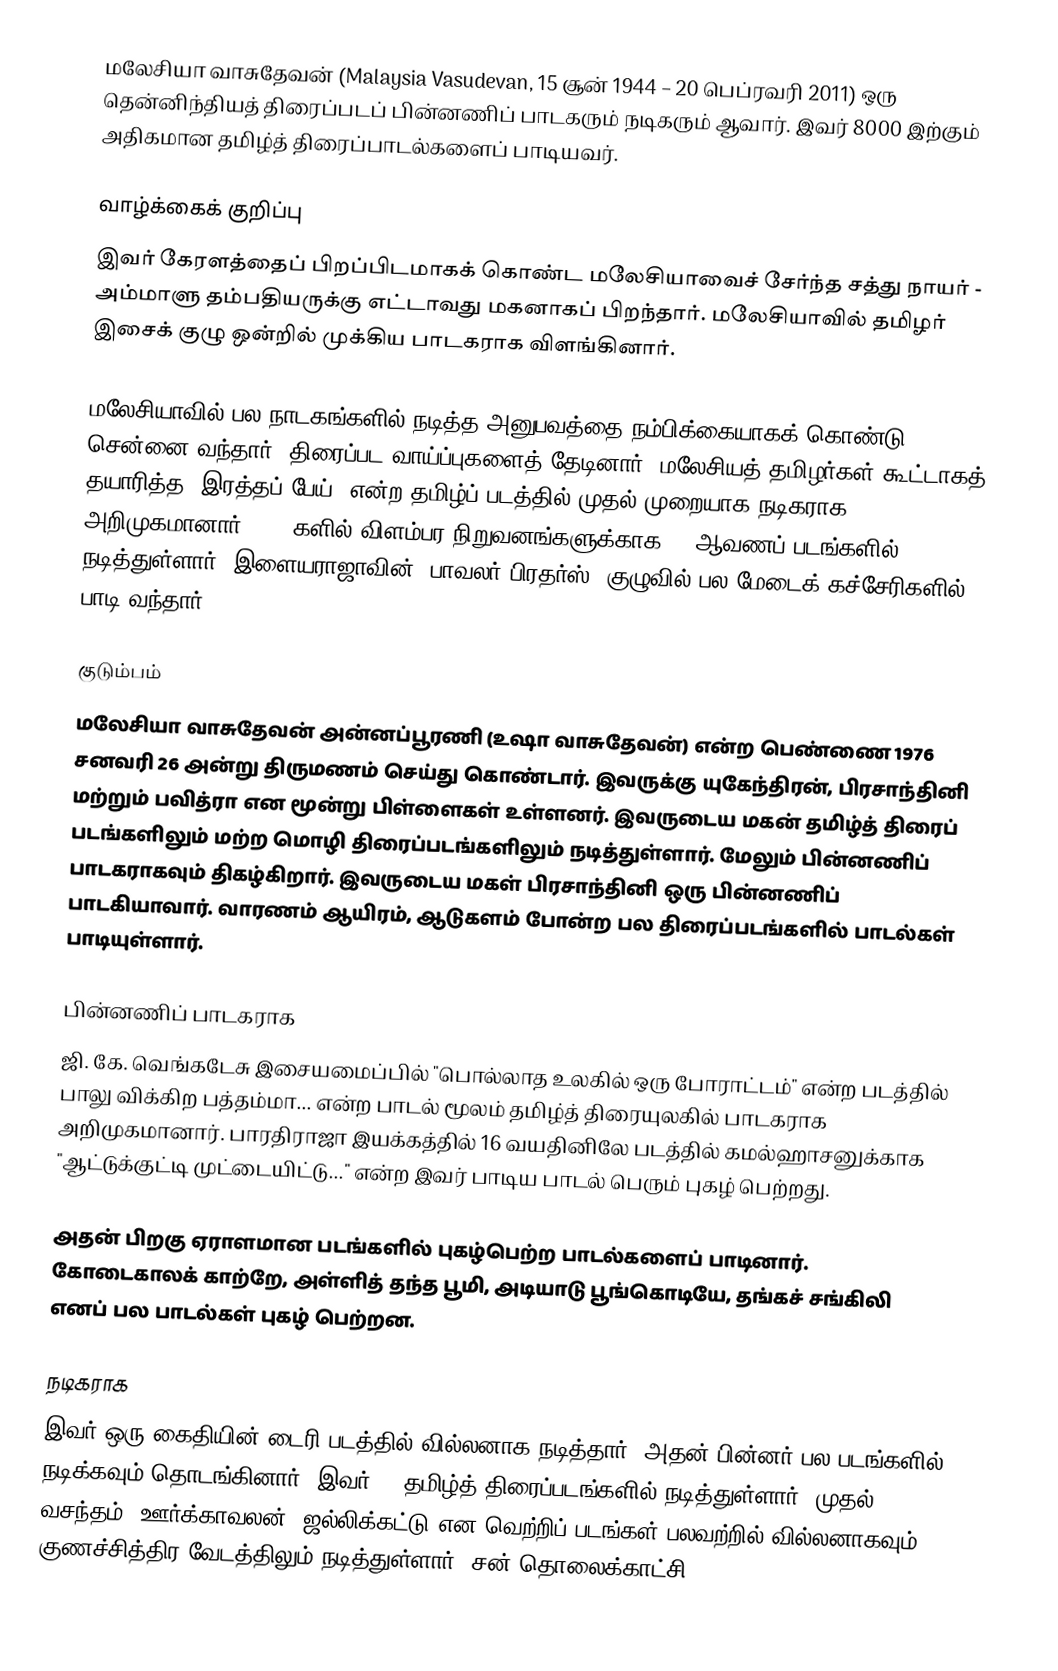
மலேசியா வாசுதேவன் (Malaysia Vasudevan, 15 சூன் 1944 – 20 பெப்ரவரி 2011) ஒரு தென்னிந்தியத் திரைப்படப் பின்னணிப் பாடகரும் நடிகரும் ஆவார். இவர் 8000 இற்கும் அதிகமான தமிழ்த் திரைப்பாடல்களைப் பாடியவர்.

வாழ்க்கைக் குறிப்பு
இவர் கேரளத்தைப் பிறப்பிடமாகக் கொண்ட மலேசியாவைச் சேர்ந்த சத்து நாயர் - அம்மாளு தம்பதியருக்கு எட்டாவது மகனாகப் பிறந்தார். மலேசியாவில் தமிழர் இசைக் குழு ஒன்றில் முக்கிய பாடகராக விளங்கினார்.

மலேசியாவில் பல நாடகங்களில் நடித்த அனுபவத்தை நம்பிக்கையாகக் கொண்டு சென்னை வந்தார். திரைப்பட வாய்ப்புகளைத் தேடினார். மலேசியத் தமிழர்கள் கூட்டாகத் தயாரித்த "இரத்தப் பேய்" என்ற தமிழ்ப் படத்தில் முதல் முறையாக நடிகராக அறிமுகமானார். 1970களில் விளம்பர நிறுவனங்களுக்காக 45 ஆவணப் படங்களில் நடித்துள்ளார். இளையராஜாவின் "பாவலர் பிரதர்ஸ்" குழுவில் பல மேடைக் கச்சேரிகளில் பாடி வந்தார்.

குடும்பம்
மலேசியா வாசுதேவன் அன்னப்பூரணி (உஷா வாசுதேவன்) ௭ன்ற பெண்ணை 1976 சனவரி 26 அன்று திருமணம் செய்து கொண்டார். இவருக்கு யுகேந்திரன், பிரசாந்தினி மற்றும் பவித்ரா என மூன்று பிள்ளைகள் உள்ளனர். இவருடைய மகன் தமிழ்த் திரைப் படங்களிலும் மற்ற மொழி திரைப்படங்களிலும் நடித்துள்ளார். மேலும் பின்னணிப் பாடகராகவும் திகழ்கிறார். இவருடைய மகள் பிரசாந்தினி ஒரு பின்னணிப் பாடகியாவார். வாரணம் ஆயிரம், ஆடுகளம் போன்ற பல திரைப்படங்களில் பாடல்கள் பாடியுள்ளார்.

பின்னணிப் பாடகராக
ஜி. கே. வெங்கடேசு இசையமைப்பில் "பொல்லாத உலகில் ஒரு போராட்டம்" என்ற படத்தில் பாலு விக்கிற பத்தம்மா... என்ற பாடல் மூலம் தமிழ்த் திரையுலகில் பாடகராக அறிமுகமானார். பாரதிராஜா இயக்கத்தில் 16 வயதினிலே படத்தில் கமல்ஹாசனுக்காக "ஆட்டுக்குட்டி முட்டையிட்டு..." என்ற இவர் பாடிய பாடல் பெரும் புகழ் பெற்றது.

அதன் பிறகு ஏராளமான படங்களில் புகழ்பெற்ற பாடல்களைப் பாடினார். கோடைகாலக் காற்றே, அள்ளித் தந்த பூமி, அடியாடு பூங்கொடியே, தங்கச் சங்கிலி எனப் பல பாடல்கள் புகழ் பெற்றன.

நடிகராக
இவர் ஒரு கைதியின் டைரி படத்தில் வில்லனாக நடித்தார். அதன் பின்னர் பல படங்களில் நடிக்கவும் தொடங்கினார். இவர் 85 தமிழ்த் திரைப்படங்களில் நடித்துள்ளார். முதல் வசந்தம், ஊர்க்காவலன், ஜல்லிக்கட்டு என வெற்றிப் படங்கள் பலவற்றில் வில்லனாகவும் குணச்சித்திர வேடத்திலும் நடித்துள்ளார். சன் தொலைக்காட்சி